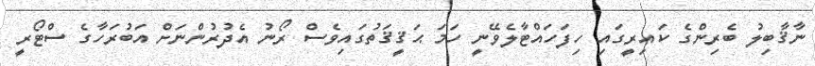
ނާޤާބިލު ބެރިންގެ ކައިރީގައި ހިފަހައްޓާލެވޭނީ ހަމަ ޙަޤީޤަތުގައިވެސް ރޯނު އެދުރުންނަށް އަބުރަހާގެ ސްޓޯރީ